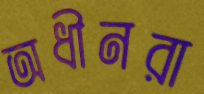
অধীনরা